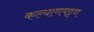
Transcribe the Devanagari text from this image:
कल्याणपट्टण